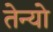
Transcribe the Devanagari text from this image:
तेन्यो